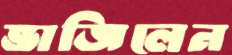
ভাজিলেন